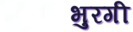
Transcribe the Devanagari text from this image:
भुरगी